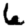
Digit: 6